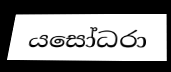
යසෝධරා